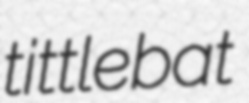
tittlebat